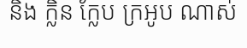
និង ក្លិន ក្លែប ក្រអូប ណាស់